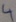
Text: 4